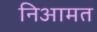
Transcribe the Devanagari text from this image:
निआमत